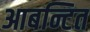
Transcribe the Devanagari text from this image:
आबन्टित